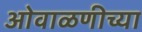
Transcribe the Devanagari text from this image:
ओवाळणीच्या